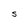
Character: S